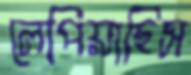
লেপিয়াছিস